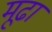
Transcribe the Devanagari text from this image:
मूढा